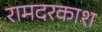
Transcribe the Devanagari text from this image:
रामदरकाश